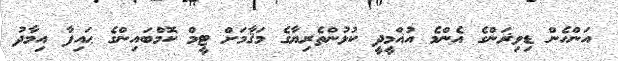
އަންހެން ޑިވިޜަންގެ އެންމެ އުއްމީދީ ކުޅުންތެރިޔާގެ މަޤާމަށް ޓީމް ކޮމްބައިންގެ ޙައިފާ އިމާދު